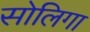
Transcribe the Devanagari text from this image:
सोलिगा